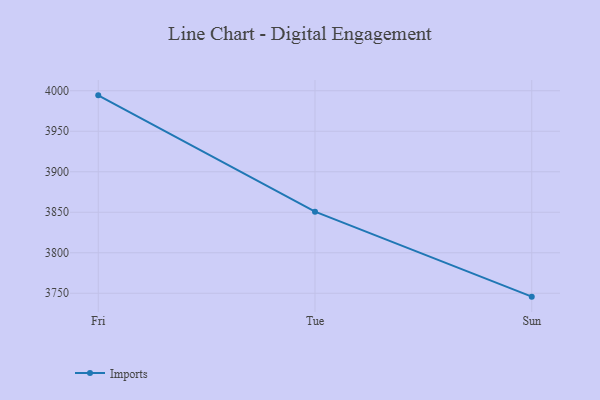
{"axis": {"x": "Day", "y": "Bounce Rate (%)"}, "legend": ["Imports"], "data": [{"x": "Fri", "y": 3994.3, "type": "Imports"}, {"x": "Tue", "y": 3850.7, "type": "Imports"}, {"x": "Sun", "y": 3745.8, "type": "Imports"}]}